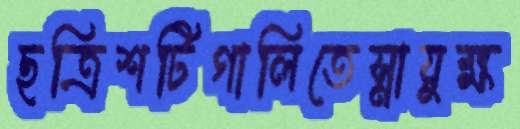
ছত্রিশটিগালিতেস্নায়ুক্ষ